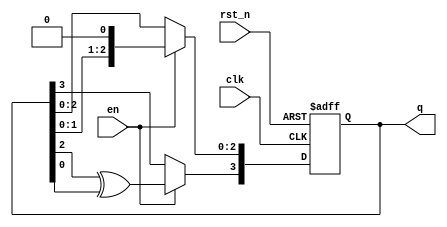
module JohnsonCounterWithEnable (
    input wire clk,
    input wire rst_n,
    input wire en,
    output reg [n-1:0] q
);

parameter n = 4; // number of bits in the counter

always @(posedge clk or negedge rst_n) begin
    if (~rst_n) begin
        q <= 0;
    end else if (en) begin
        q <= q << 1;
        q[n-1] <= q[n-2] ^ q[0];
    end
end

endmodule